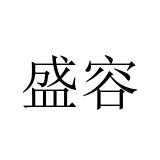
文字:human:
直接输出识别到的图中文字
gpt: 盛容